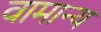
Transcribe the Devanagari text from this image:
वामान्य